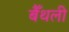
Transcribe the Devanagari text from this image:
बैँथली